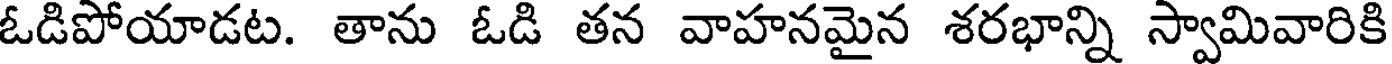
ఓడిపోయాడట. తాను ఓడి తన వాహనమైన శరభాన్ని స్వామివారికి